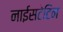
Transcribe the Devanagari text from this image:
नाईसटेटिन